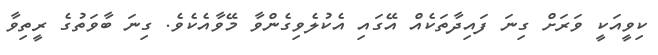
ކިވީއަކީ ވަރަށް ގިނަ ފައިދާތަކެއް އޭގައި އެކުލެވިގެންވާ މޭވާއެކެވެ. ގިނަ ބާވަތުގެ ރީތިވާ